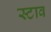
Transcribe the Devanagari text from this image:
स्टाव